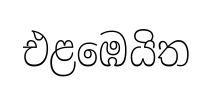
එළඹෙයිත